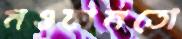
মওকামতো